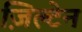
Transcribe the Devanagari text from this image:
ज़िल्टेन